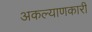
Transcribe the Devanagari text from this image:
अकल्याणकारी